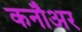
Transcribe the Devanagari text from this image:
कनौअर